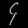
Digit: ၄